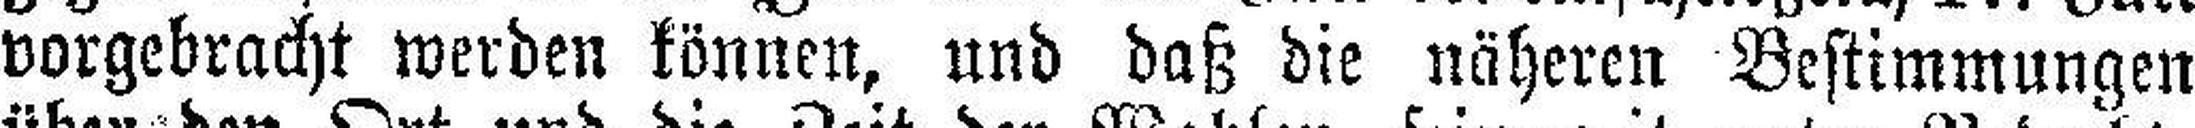
vorgebracht werden können, und daß die näheren Bestimmungen